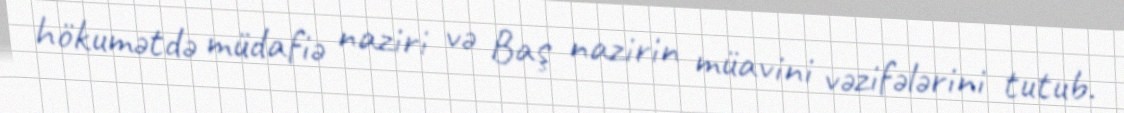
hökumətdə müdafiə naziri və Baş nazirin müavini vəzifələrini tutub.